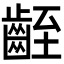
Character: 𪗻